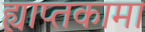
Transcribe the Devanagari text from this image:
ह्याप्तकामा